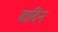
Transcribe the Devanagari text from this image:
बादिन